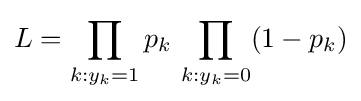
L=\prod _{k:y_{k}=1}p_{k}\,\prod _{k:y_{k}=0}(1-p_{k})